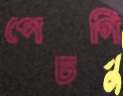
পেচগি